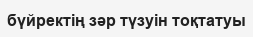
бүйректің зәр түзуін тоқтатуы